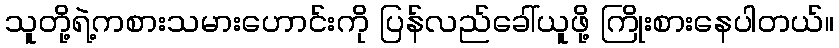
သူတို့ရဲ့ကစားသမားဟောင်းကို ပြန်လည်ခေါ်ယူဖို့ ကြိုးစားနေပါတယ်။